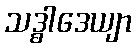
သဒ္ဓါဒေယျာ